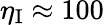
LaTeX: \eta_{\mathrm{I}}\approx 100